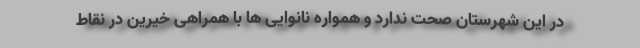
در این شهرستان صحت ندارد و همواره نانوایی ها با همراهی خیرین در نقاط